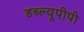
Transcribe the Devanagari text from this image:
डब्ल्यूपीपी